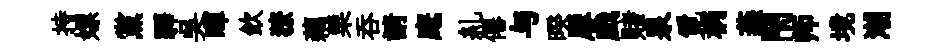
持嫖黨驛吳暉欽獠藕栗吞請麾糺僊与暌犀戯赌泉覓柄燕閇师境潮